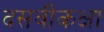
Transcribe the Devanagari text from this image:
दसवींकक्षा